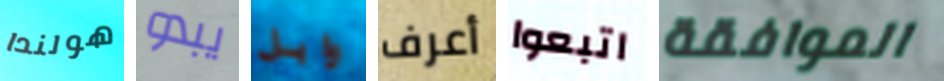
هولندا يبدو وابل أعرف اتبعوا الموافقة